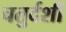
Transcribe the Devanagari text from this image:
चतुर्दर्शी